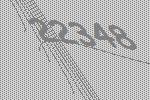
22348